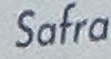
Safra